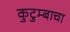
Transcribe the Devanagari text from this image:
कुटुम्बाचा